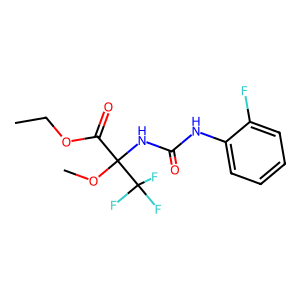
SMILES: CCOC(=O)C(NC(=O)Nc1ccccc1F)(OC)C(F)(F)F
Inhibits HIV replication: No